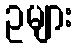
ဥများ